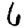
Digit: 6